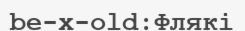
be-x-old:Флякі